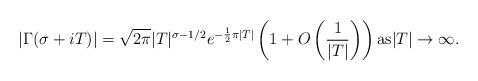
LaTeX: \begin{align*}|\Gamma (\sigma + i T)| = \sqrt{2\pi} | T|^{\sigma - 1/2} e^{-\frac{1}{2} \pi |T|} \left(1 + O\left(\frac{1}{|T|}\right) \right) {\rm as} |T|\rightarrow \infty.\end{align*}